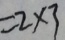
= 2 \times 3